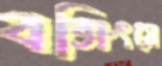
বক্সিংয়ে